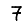
Digit: 7